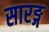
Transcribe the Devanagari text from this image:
सारङ्ग